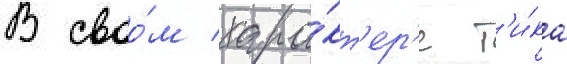
В своо́м хара́кт'ер'е т'и́ка